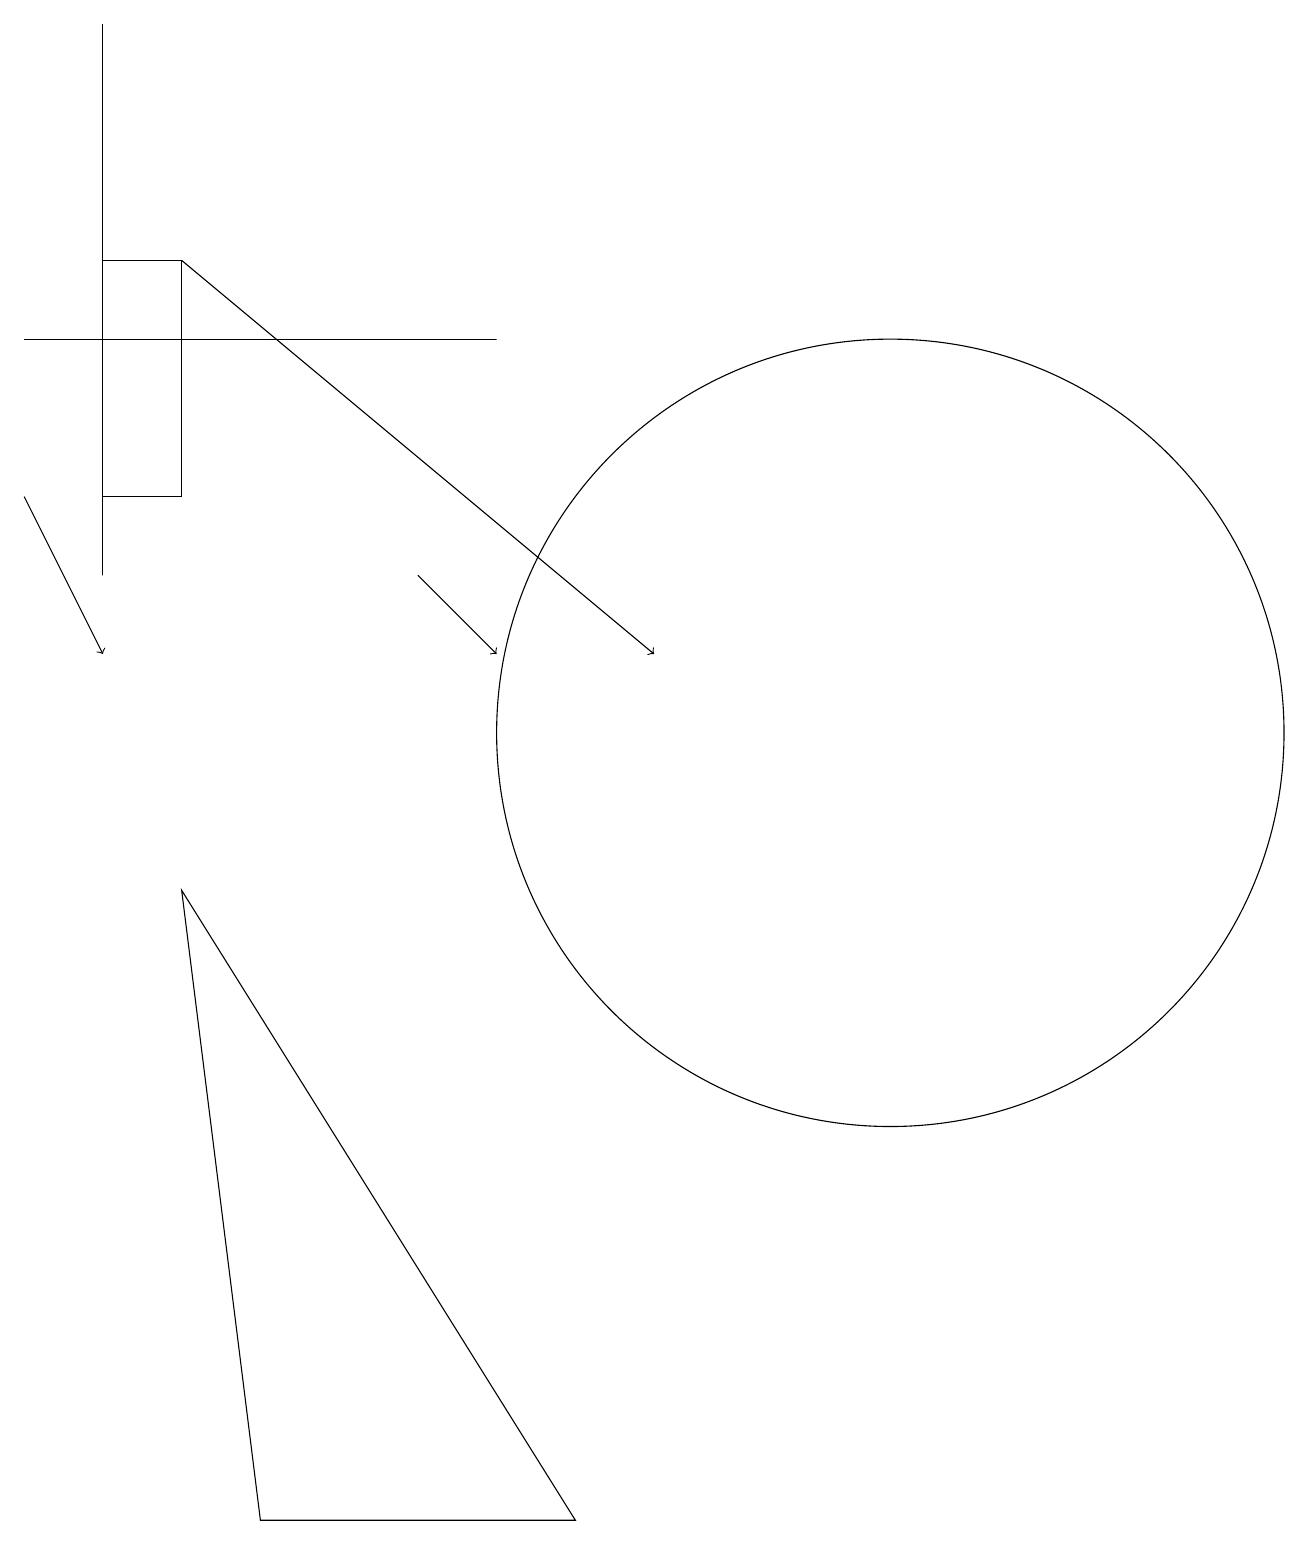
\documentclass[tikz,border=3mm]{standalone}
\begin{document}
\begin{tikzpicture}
\draw (12,10) circle (5);
\draw (8,0) -- (3,8) -- (4,0) -- cycle;
\draw (2,12) rectangle (2,19);
\draw[->] (6,12) -- (7,11);
\draw[->] (1,13) -- (2,11);
\draw (1,15) rectangle (7,15);
\draw[->] (3,16) -- (9,11);
\draw (3,13) rectangle (2,16);
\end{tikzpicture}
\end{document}